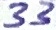
Text: 33